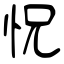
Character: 怳